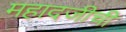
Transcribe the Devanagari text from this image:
महादजीची